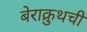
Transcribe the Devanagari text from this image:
बेराक्रुथची